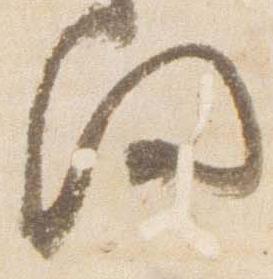
間